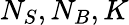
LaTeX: N_{S},N_{B},K